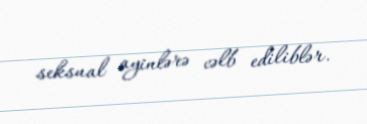
seksual ayinlərə cəlb ediliblər.